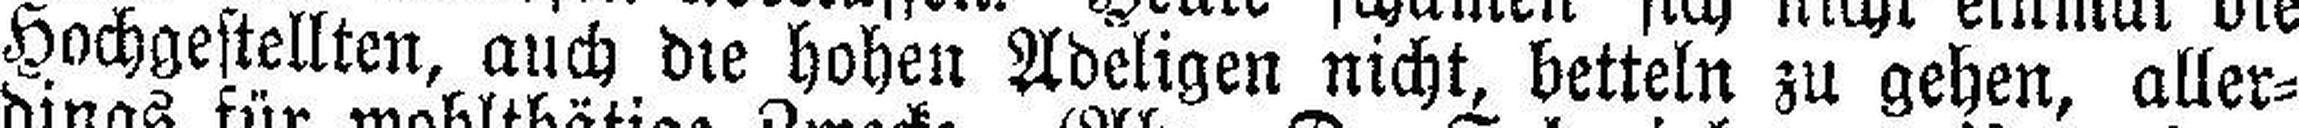
Hochgestellten, auch die hohen Adeligen nicht, betteln zu gehen, aller¬